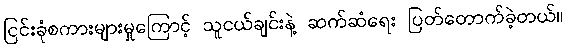
ငြင်းခုံစကားများမှုကြောင့် သူငယ်ချင်းနဲ့ ဆက်ဆံရေး ပြတ်တောက်ခဲ့တယ်။